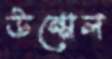
উম্মেল